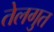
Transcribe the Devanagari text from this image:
तेलगुत